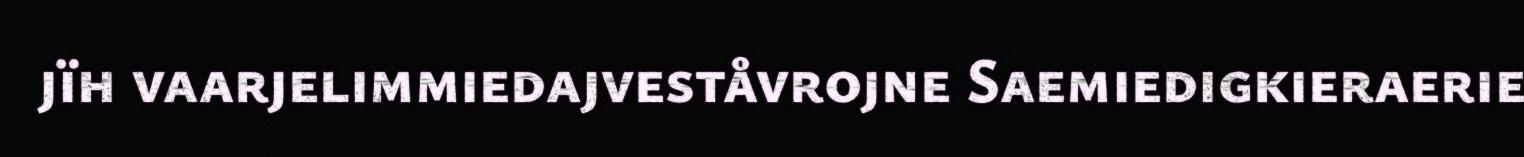
jïh vaarjelimmiedajveståvrojne Saemiedigkieraerie